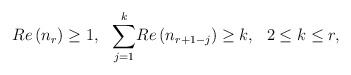
\begin{align*}Re \left(n_r\right)\ge1, \thinspace\thinspace \thinspace\thinspace \overset{k}{\underset{j=1}{\sum}}Re \left(n_{r+1-j}\right)\ge k,\,\,\,\, 2 \le k \le r,\end{align*}